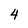
Character: 4